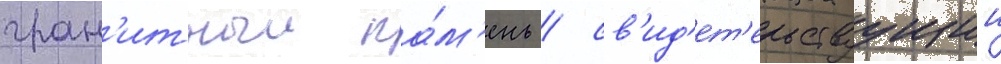
гран'итныи ка́м'ень / св'ид'ет'ельствуущии